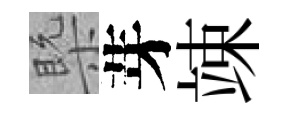
槩芽竦